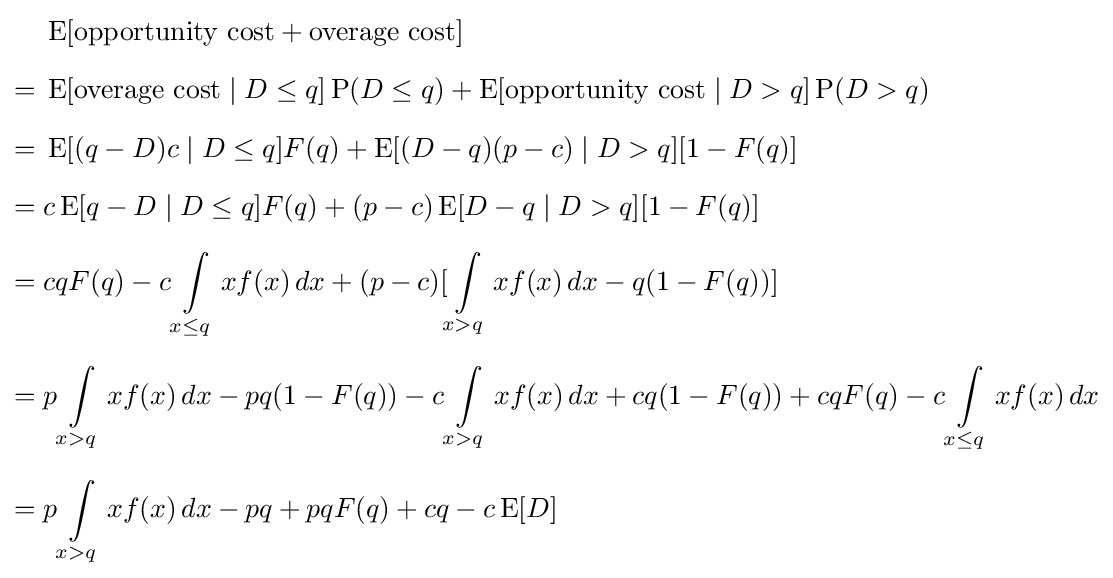
{\begin{aligned}&\operatorname {E} [{\text{opportunity cost}}+{\text{overage cost}}]\\[6pt]={}&\operatorname {E} [{\text{overage cost}}\mid D\leq q]\operatorname {P} (D\leq q)+\operatorname {E} [{\text{opportunity cost}}\mid D>q]\operatorname {P} (D>q)\\[6pt]={}&\operatorname {E} [(q-D)c\mid D\leq q]F(q)+\operatorname {E} [(D-q)(p-c)\mid D>q][1-F(q)]\\[6pt]={}&c\operatorname {E} [q-D\mid D\leq q]F(q)+(p-c)\operatorname {E} [D-q\mid D>q][1-F(q)]\\[6pt]={}&cqF(q)-c\int \limits _{x\leq q}xf(x)\,dx+(p-c)[\int \limits _{x>q}xf(x)\,dx-q(1-F(q))]\\[6pt]={}&p\int \limits _{x>q}xf(x)\,dx-pq(1-F(q))-c\int \limits _{x>q}xf(x)\,dx+cq(1-F(q))+cqF(q)-c\int \limits _{x\leq q}xf(x)\,dx\\[6pt]={}&p\int \limits _{x>q}xf(x)\,dx-pq+pqF(q)+cq-c\operatorname {E} [D]\end{aligned}}